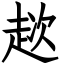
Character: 趑